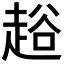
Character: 䞱